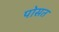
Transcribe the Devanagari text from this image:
पोसत